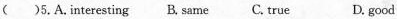
( )5.A.interesting B. same C. true D. good